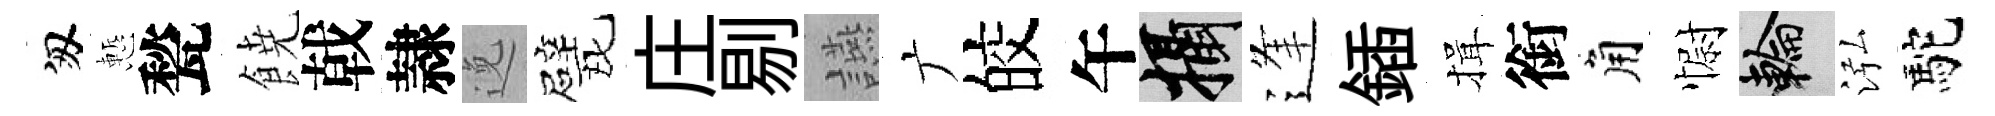
匆慙甃𩜙戟隷𨓜甓庄剔讌广皎午攝逢鍤揖銜角𢠢輪泓駝